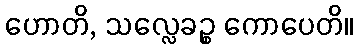
ဟောတိ, သလ္လေခဉ္စ ကောပေတိ။